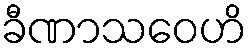
ခီဏာသဝေဟိ